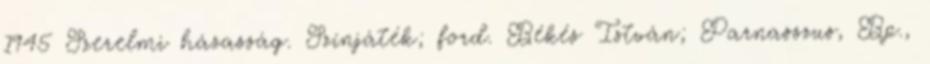
1945 Szerelmi házasság. Színjáték; ford. Békés István; Parnasszus, Bp.,